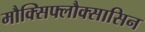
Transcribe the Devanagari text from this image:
मौक्सिफ्लौक्सासिन